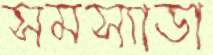
সমস্যাডা